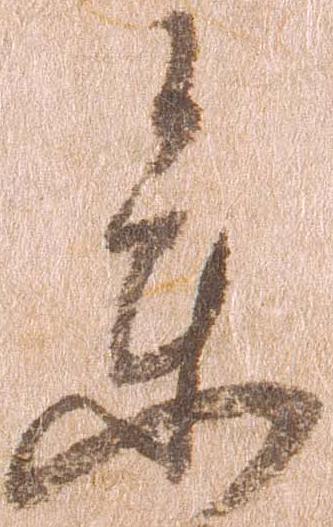
参